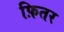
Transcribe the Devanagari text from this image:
फ़ितर